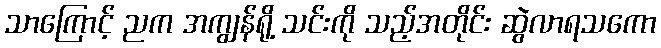
သာကြောင့် ညက အကျွန်ရို့ သင်းကို သည့်အတိုင်း ဆွဲလာရသကော